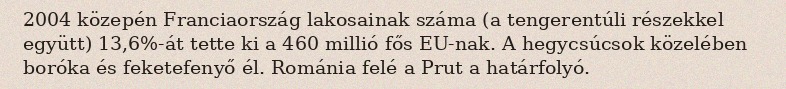
2004 közepén Franciaország lakosainak száma (a tengerentúli részekkel együtt) 13,6%-át tette ki a 460 millió fős EU-nak. A hegycsúcsok közelében boróka és feketefenyő él. Románia felé a Prut a határfolyó.